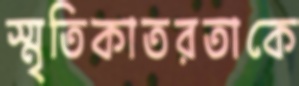
স্মৃতিকাতরতাকে